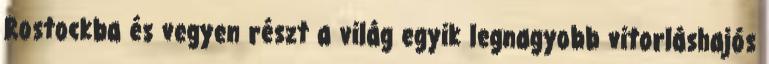
Rostockba és vegyen részt a világ egyik legnagyobb vitorláshajós